system: You are a helpful assistant.
user:
Analyze the provided spectrum to determine if it is a **S-type Star**.

- **Key Indicators for S-type Star:**

    - **(Overall Spectrum Shape):** The first and most obvious characteristic is the overall continuum (the "baseline" shape). It is **extremely "red-sloping,"** meaning the flux (light intensity) is very low on the left side (blue, ~4000-4500 Å) and rises steeply and continuously toward the right side (red, ~7000 Å+).

    - **(Primary):** The spectrum is defined by the presence of strong, broad molecular absorption "valleys" (bands) from **Zirconium Oxide (ZrO)**. The identification of these bands is the **primary requirement** for classifying a star as S-type.
        - **(Key Bandheads):** You must find distinct, deep "dips" where the light has been absorbed. The most critical band systems to locate are:
            - **~6474 Å** ($\gamma$-system): This is often the strongest and clearest ZrO feature, found in the red part of the spectrum.
            - **~5718 Å** & **~5551 Å** ($\beta$-system): A pair of prominent absorption features in the yellow-orange part of the spectrum.
            - **~4640 Å** ($\alpha$-system): A key absorption band system in the blue-green region of the spectrum.

    - **(Secondary Confirmation):** The classification is strengthened by finding additional absorption bands from other related heavy element oxides, which are expected to be present alongside ZrO.
        - **(Key Bandheads):**
            - **Yttrium Oxide (YO):** Look for absorption dips near **~4800 Å** and **~6100 Å**.
            - **Lanthanum Oxide (LaO):** Additional absorption features, particularly in the red-orange part of the spectrum, are also characteristic.

    - **(Line Profile):** The combination of the steep red continuum and these numerous, deep molecular bands (ZrO, YO, etc.) gives the entire spectrum a very **"chopped-up"** or **"bumpy"** appearance. Instead of a smooth curve, the spectrum looks as though large, wide chunks of light have been "carved out" of it at the specific wavelengths listed above.

Think first, call **spectral_visualization_tool** if needed to examine features in detail, then provide your final answer. Your response must adhere to the following strict rules:
1.  **Overall Structure:** Your response must follow the format `<think>...</think> <tool_call>...</tool_call> (if a tool is used) <answer>...</answer>`.
2.  **Tool Usage Constraint:** You may only make **one** tool call per turn.
3.  **Final Answer Format:** In the `<answer>` tag, your conclusion must be inside a `\boxed{}` command (e.g., `\boxed{YES}` or `\boxed{NO}`), followed by your justification.

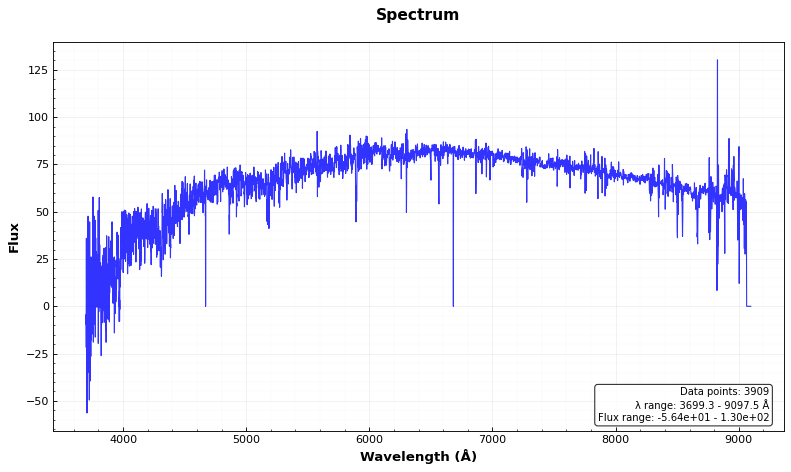
Answer: NO